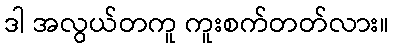
ဒါ အလွယ်တကူ ကူးစက်တတ်လား။